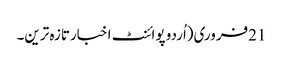
21فروری(اُردو پوائنٹ اخبارتازہ ترین۔